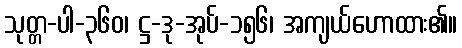
သုတ္တ-ပါ-၃၆၀၊ ဋ္ဌ-ဒု-အုပ်-၁၅၆၊ အကျယ်ဟောထား၏။